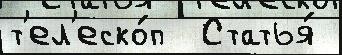
т'ел'еско́п  Статья́